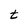
Character: t